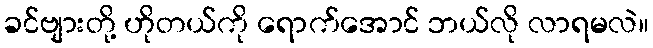
ခင်ဗျားတို့ ဟိုတယ်ကို ရောက်အောင် ဘယ်လို လာရမလဲ။